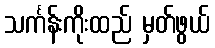
သင်္ကန်းကိုးထည် မှတ်ဖွယ်